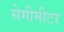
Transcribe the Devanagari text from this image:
सेमीमीटर